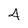
Character: 4